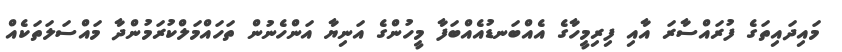
މައިދައިތަގެ ފުރައްސާރަ އާއި ފިރިމީހާގެ އެއްބަނޑުއެއްބަފާ މީހުންގެ އަނިޔާ އަންހެނުން ތަހައްމަލްކުރަމުންދާ މައްސަލަތަކެއް